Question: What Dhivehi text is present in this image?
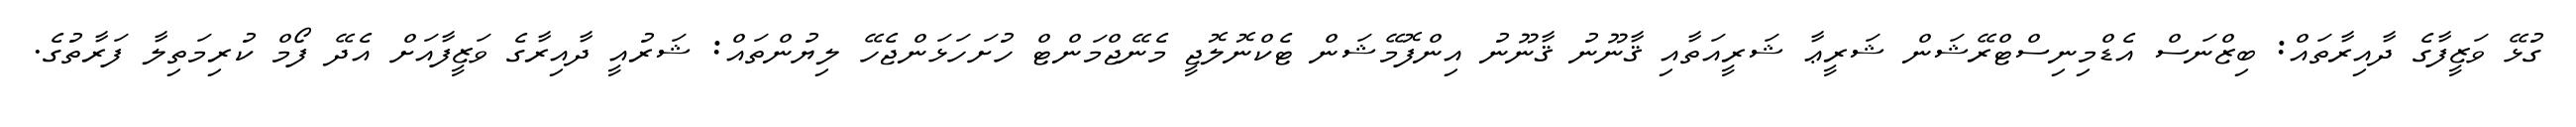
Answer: ގުޅޭ ވަޒީފާގެ ދާއިރާތައް: ބިޒްނަސް އެޑްމިނިސްޓްރޭޝަން ޝަރީޢާ ޝަރީއަތާއި ޤާނޫނު ޤާނޫނު އިންފޮމޭޝަން ޓެކްނޮލޮޖީ މެނޭޖްމަންޓް ހުށަހަޅަންޖެހޭ ލިޔުންތައް: ޝަރުއީ ދާއިރާގެ ވަޒީފާއަށް އެދޭ ފޯމް ކުރިމަތިލާ ފަރާތުގެ.